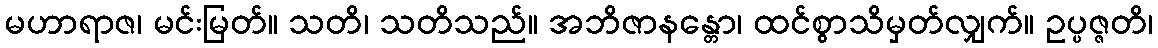
မဟာရာဇ၊ မင်းမြတ်။ သတိ၊ သတိသည်။ အဘိဇာနန္တော၊ ထင်စွာသိမှတ်လျှက်။ ဥပ္ပဇ္ဇတိ၊